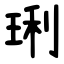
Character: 琍